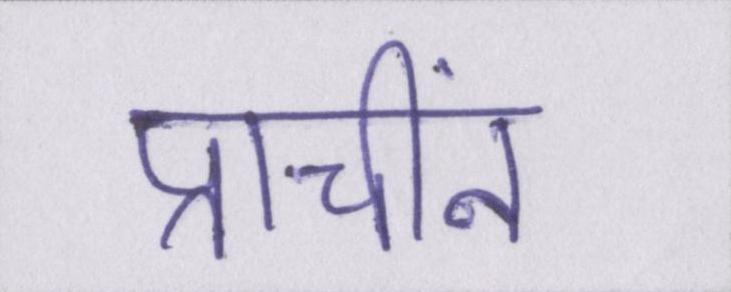
प्राचीनं